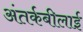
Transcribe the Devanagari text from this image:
अंतर्कबीलाई